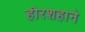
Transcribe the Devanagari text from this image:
हीरशहाने